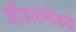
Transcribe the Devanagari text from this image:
क्रीडासमीक्षणे